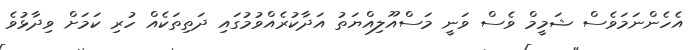
އެހެންނަމަވެސް ޝަމީމް ވެސް ވަނީ މަސްއޫލިއްޔަތު އަދާކުރެއްވުމުގައި ދަތިތަކެއް ހުރި ކަމަށް ވިދާޅުވެ